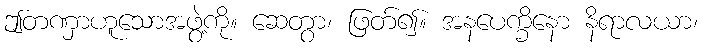
ဤတဏှာဟူသောအဖွဲ့ကို။ ဆေတွာ၊ ဖြတ်၍။ အနပေက္ခိနော နိရာလယာ၊